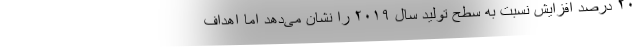
۲۰ درصد افزایش نسبت به سطح تولید سال ۲۰۱۹ را نشان می‌دهد اما اهداف